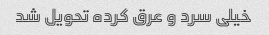
خیلی سرد و عرق کرده تحویل شد